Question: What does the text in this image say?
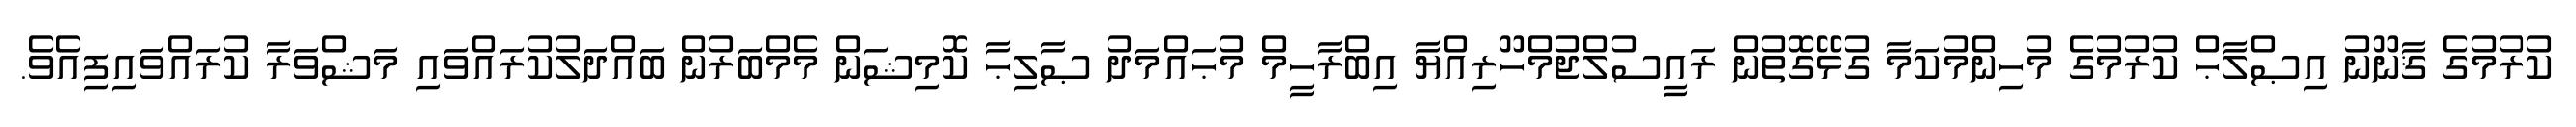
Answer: ކުރުމުގެ ޤާނޫނު އިޞްލާޙް ކުރުމުގެ މުހިންމުކަމާ ގުޅޭގޮތުން ރައީސުލްޖުމްހޫރިއްޔާ އިބްރާހީމް މުޙައްމަދު ޞާލިޙާ ކޮމިޝަން މެމްބަރުން ބައްދަލުކުރައްވައި މަޝްވަރާ ކުރައްވައިފިއެވެ.